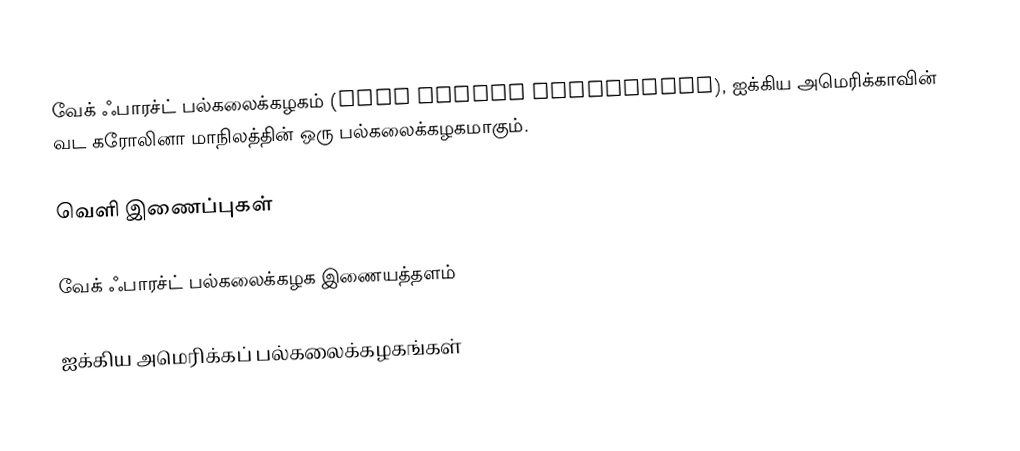
வேக் ஃபாரச்ட் பல்கலைக்கழகம் (Wake Forest University), ஐக்கிய அமெரிக்காவின் வட கரோலினா மாநிலத்தின் ஒரு பல்கலைக்கழகமாகும்.

வெளி இணைப்புகள்

வேக் ஃபாரச்ட் பல்கலைக்கழக இணையத்தளம்

ஐக்கிய அமெரிக்கப் பல்கலைக்கழகங்கள்